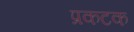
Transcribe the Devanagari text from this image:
प्रकटक